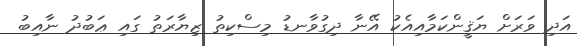
އަދި ވަރަށް ޔަޤީންކަމާއިއެކު އޭނާ ދިގުވާނޑު މިސްކިތު ޒިޔާރަތު ގައި ޢަބުދު ނާއިބު